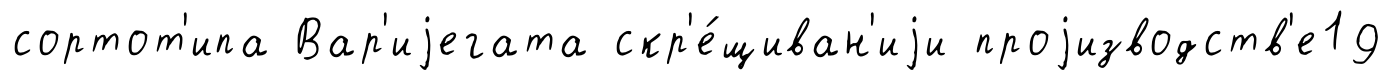
сортот'ипа Вар'иjегата скр'е́щиван'иjи проjизводств'е19